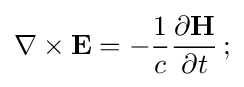
\nabla \times \mathbf {E} =-{\frac {1}{c}}{\frac {\partial \mathbf {H} }{\partial t}}\,;